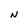
Character: N